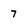
Character: 7